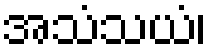
အသံသယံ၊